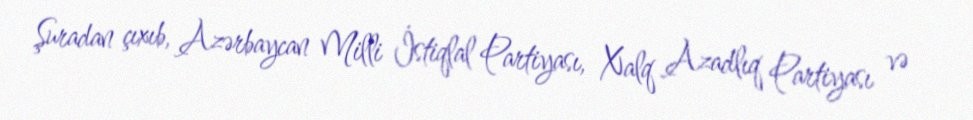
Şuradan çıxıb, Azərbaycan Milli İstiqlal Partiyası, Xalq Azadlıq Partiyası və